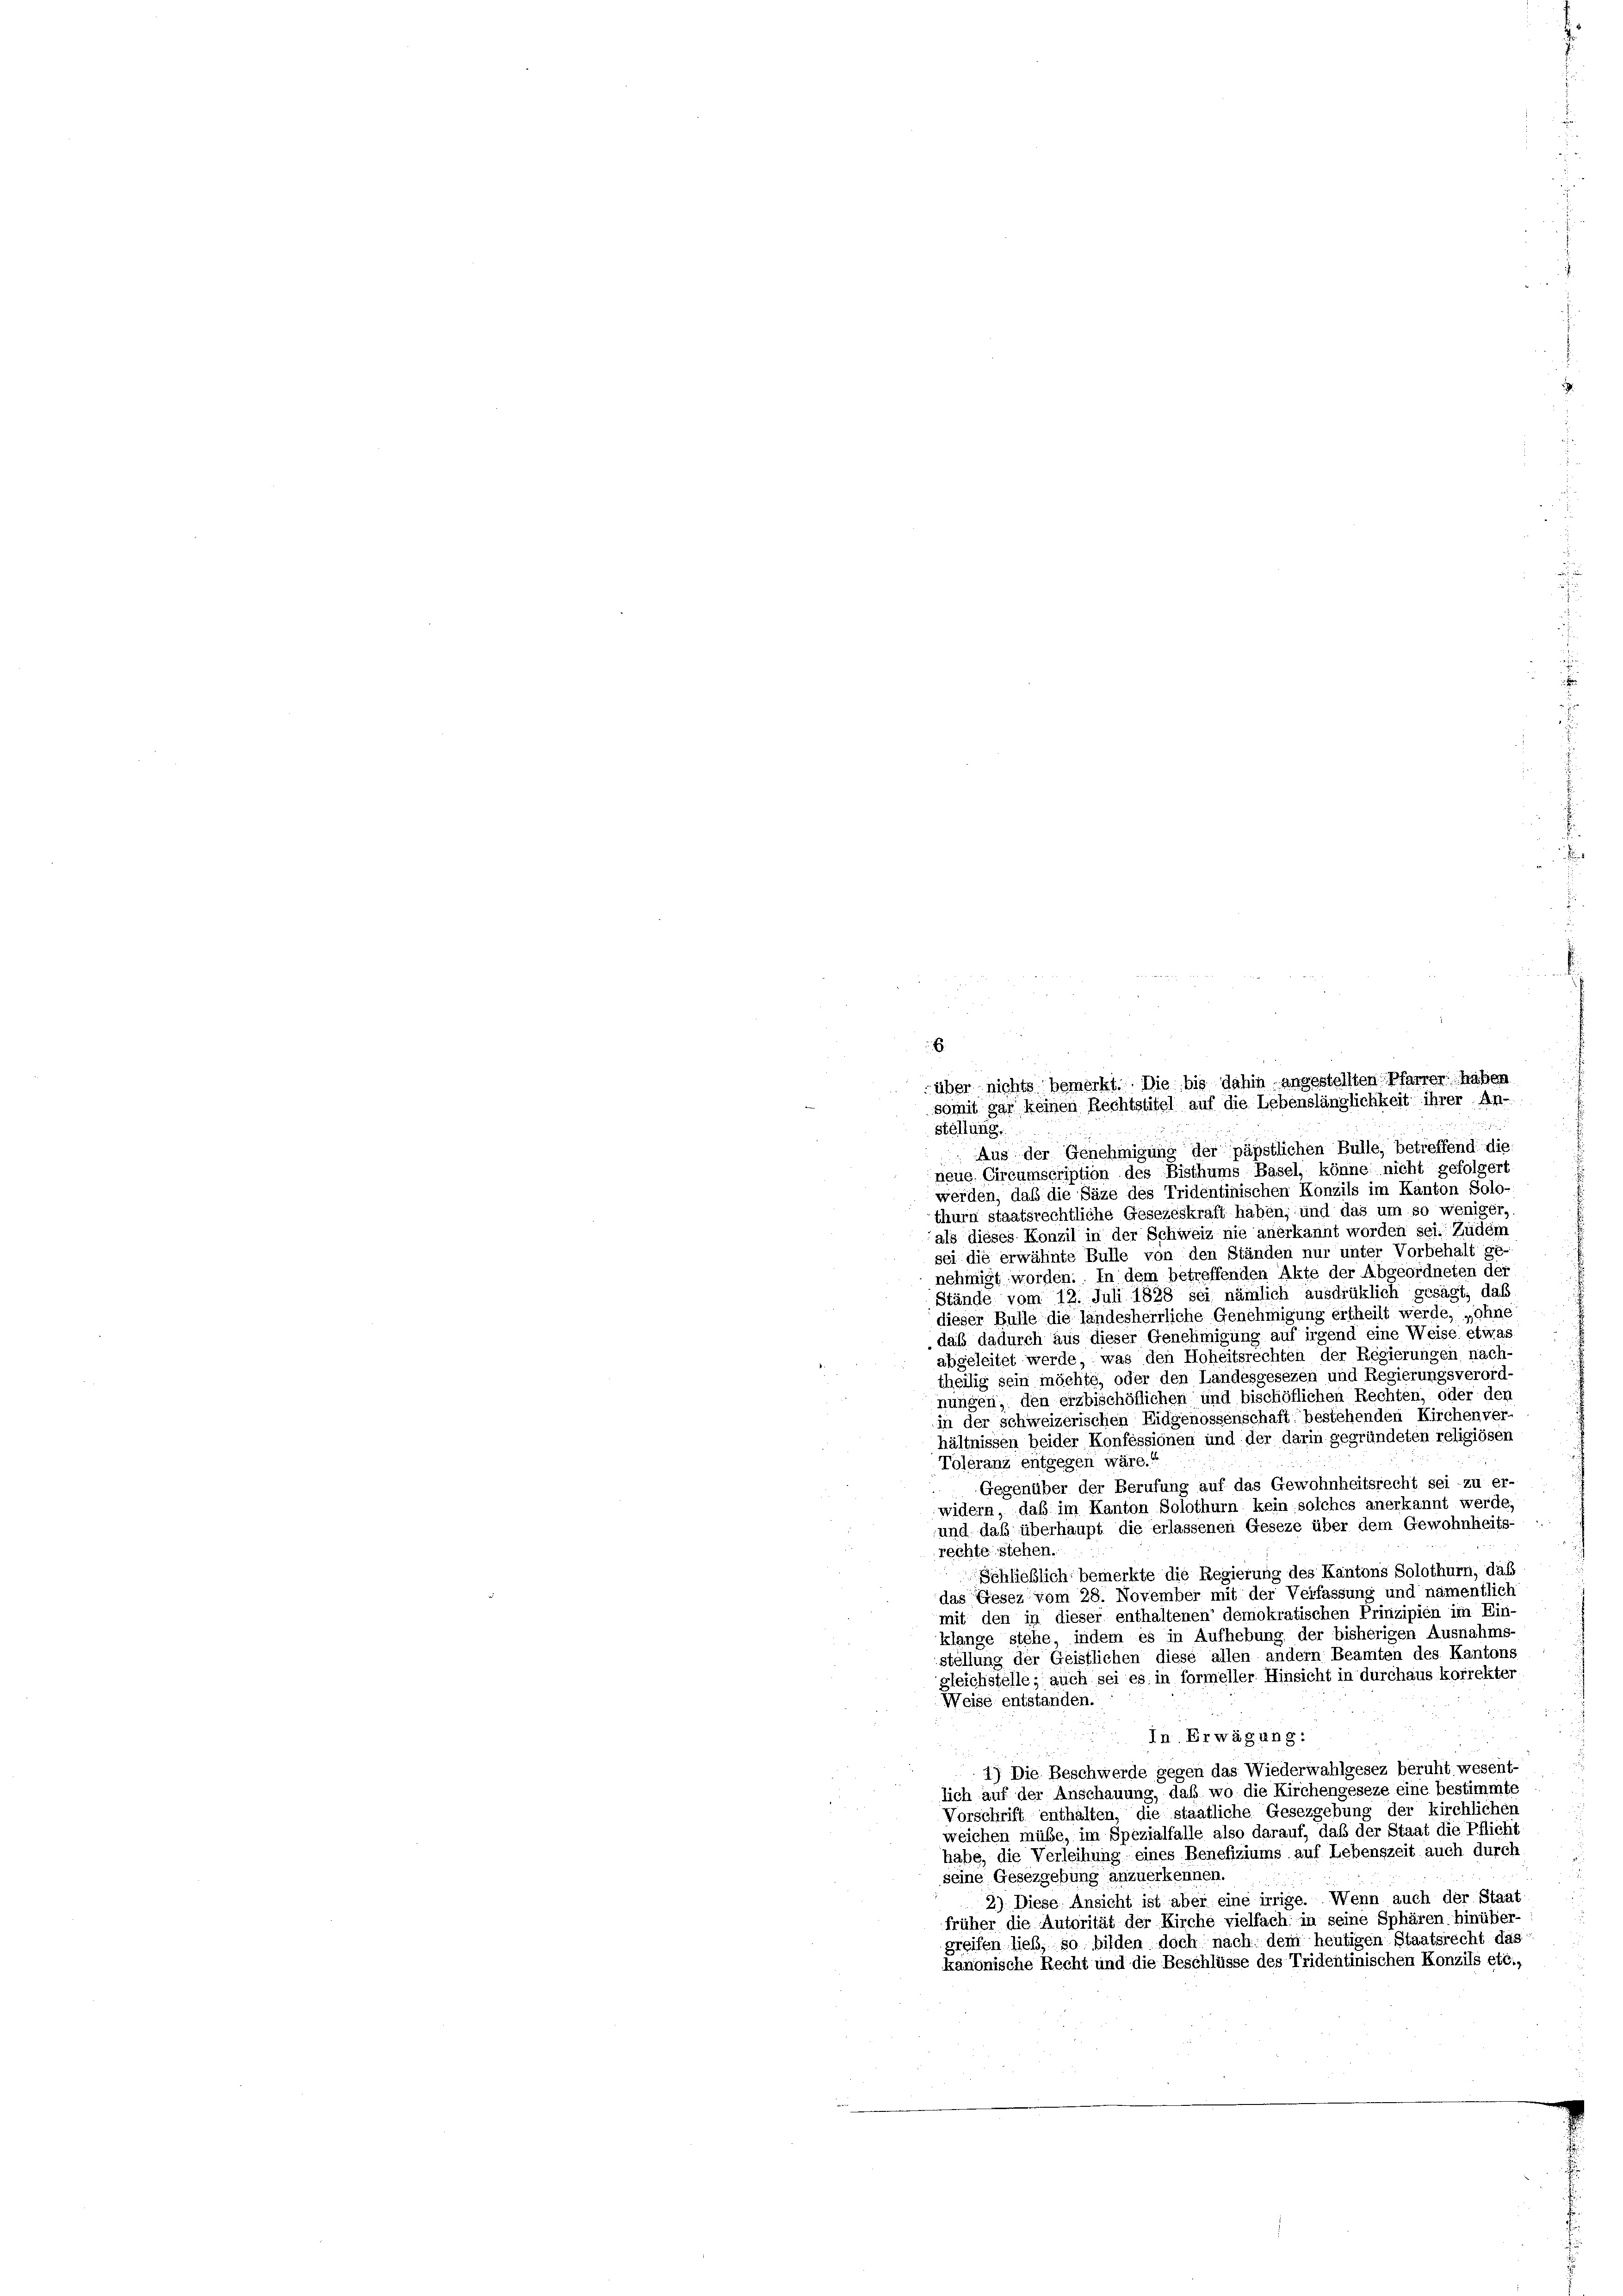
.
 je
Stellung.
Aus der Genehmigung der päpstlichen Bülle, betreffend die
neue Circumscription des Bisthums Basel, könne nicht gefolgert
werden, daß die Säze des Tridentinischen Konzils im Kanton Solo-
thurn staatsrechtliche Gesezeskraft haben; und das um so weniger,
als dieses Konzil in der Schweiz nie anerkannt worden sei. Zudem
sei die erwähnte Bulle von den Ständen nur unter Vorbehalt ge-
nehmigt worden. In dem betreffenden Akte der Abgeordneten der
Stände vom 12. Juli 1888 sei nämlich ausdrüklich gesagt, daß
dieser Bulle die landesherrliche Genehmigung ertheilt werde, „ohne
daß dadurch aus dieser Genehmigung auf irgend eine Weise etwas
abgeleitet werde, was den Hoheitsrechten der Regierungen näch-
theilig sein möchte, oder den Landesgesezen und Regierungsverord
nungen, den erzbischöflichen und bischöflichen Rechten, oder den
in der schweizerischen Eidgenossenschaft bestehenden Kirchenver-
hältnissen beider Konfessionen und der darin gegründeten religiösen
Toleranz entgegen wäre.“
Gegenüber der Berufung auf das Gewohnheitsrecht sei - zu er-
widern, daß im Kanton Solothurn kein solches anerkannt werde,
und daß überhaupt die erlassenen Geseze über dem Gewohnheits-
rechte stehen.
Schließlich bemerkte die Regierung des Kantons Solothurn, daß
das Gesez vom 28. November mit der Verfassung und namentlich
mit den in dieser enthaltenen demokratischen Prinzipien im Ein-
klange stehe, indem es in Aufhebung der bisherigen Ausnahms-
stellung der Geistlichen diese allen andern Beamten des Kantons
gleichstelle; auch sei es in formeller Hinsicht in durchaus korrektes
Weise entstanden.
.
In Erwägung:
) Die Beschwerde gegen das Wiederwahlgesez beruht, wesent-
lich auf der Anschauung, daß wo die Kirchengeseze eine bestimmte
Vorschrift enthalten, die staatliche Gesezgebung der kirchlichen
weichen müße, im Spezialfalle also darauf, daß der Staat die Pflicht
habe, die Verleihung eines Benefiziums auf Lebenszeit auch durch
seine Gesezgebung anzuerkennen
2) Diese Ansicht ist aber eine irrige. Wenn auch der Staat
früher die Autorität der Kirche vielfach: in seine Sphären, hinüber-
greifen lieb, so bilden doch nach dem heutigen Staatsrecht das
kanonische Recht und die Beschlüsse des Tridentinischen Konzils etc.,

über nichts bemerkt. Die bis dahin angestellten Pfarrer haben
somit gar keinen Rechtstitel auf die Lebenslänglichkeit ihrer An-